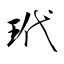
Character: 玳